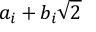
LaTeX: a _ { i } + b _ { i } { \sqrt { 2 } }